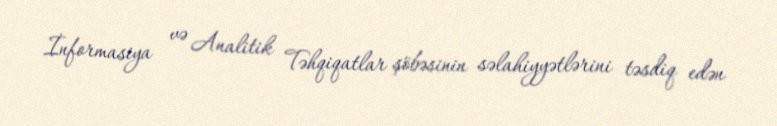
İnformasiya və Analitik Təhqiqatlar şöbəsinin səlahiyyətlərini təsdiq edən